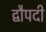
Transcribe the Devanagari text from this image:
द्वौपदी